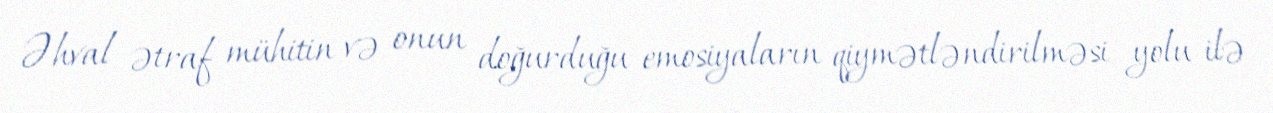
Əhval ətraf mühitin və onun doğurduğu emosiyaların qiymətləndirilməsi yolu ilə